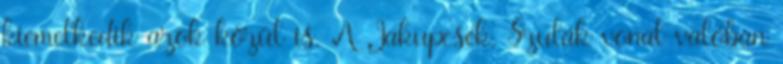
kiemelkedik azok közül is. A Jakupcsek, Szulák vonal valóban